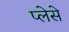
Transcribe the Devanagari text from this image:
प्लेसे